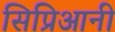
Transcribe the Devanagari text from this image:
सिप्रिआनी